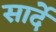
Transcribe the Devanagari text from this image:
सार्दे